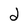
Character: d